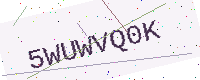
Text: 5WUWVQ0K